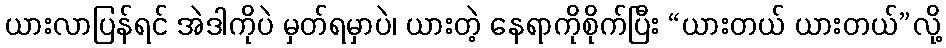
ယားလာပြန်ရင် အဲဒါကိုပဲ မှတ်ရမှာပဲ၊ ယားတဲ့ နေရာကိုစိုက်ပြီး “ယားတယ် ယားတယ်”လို့